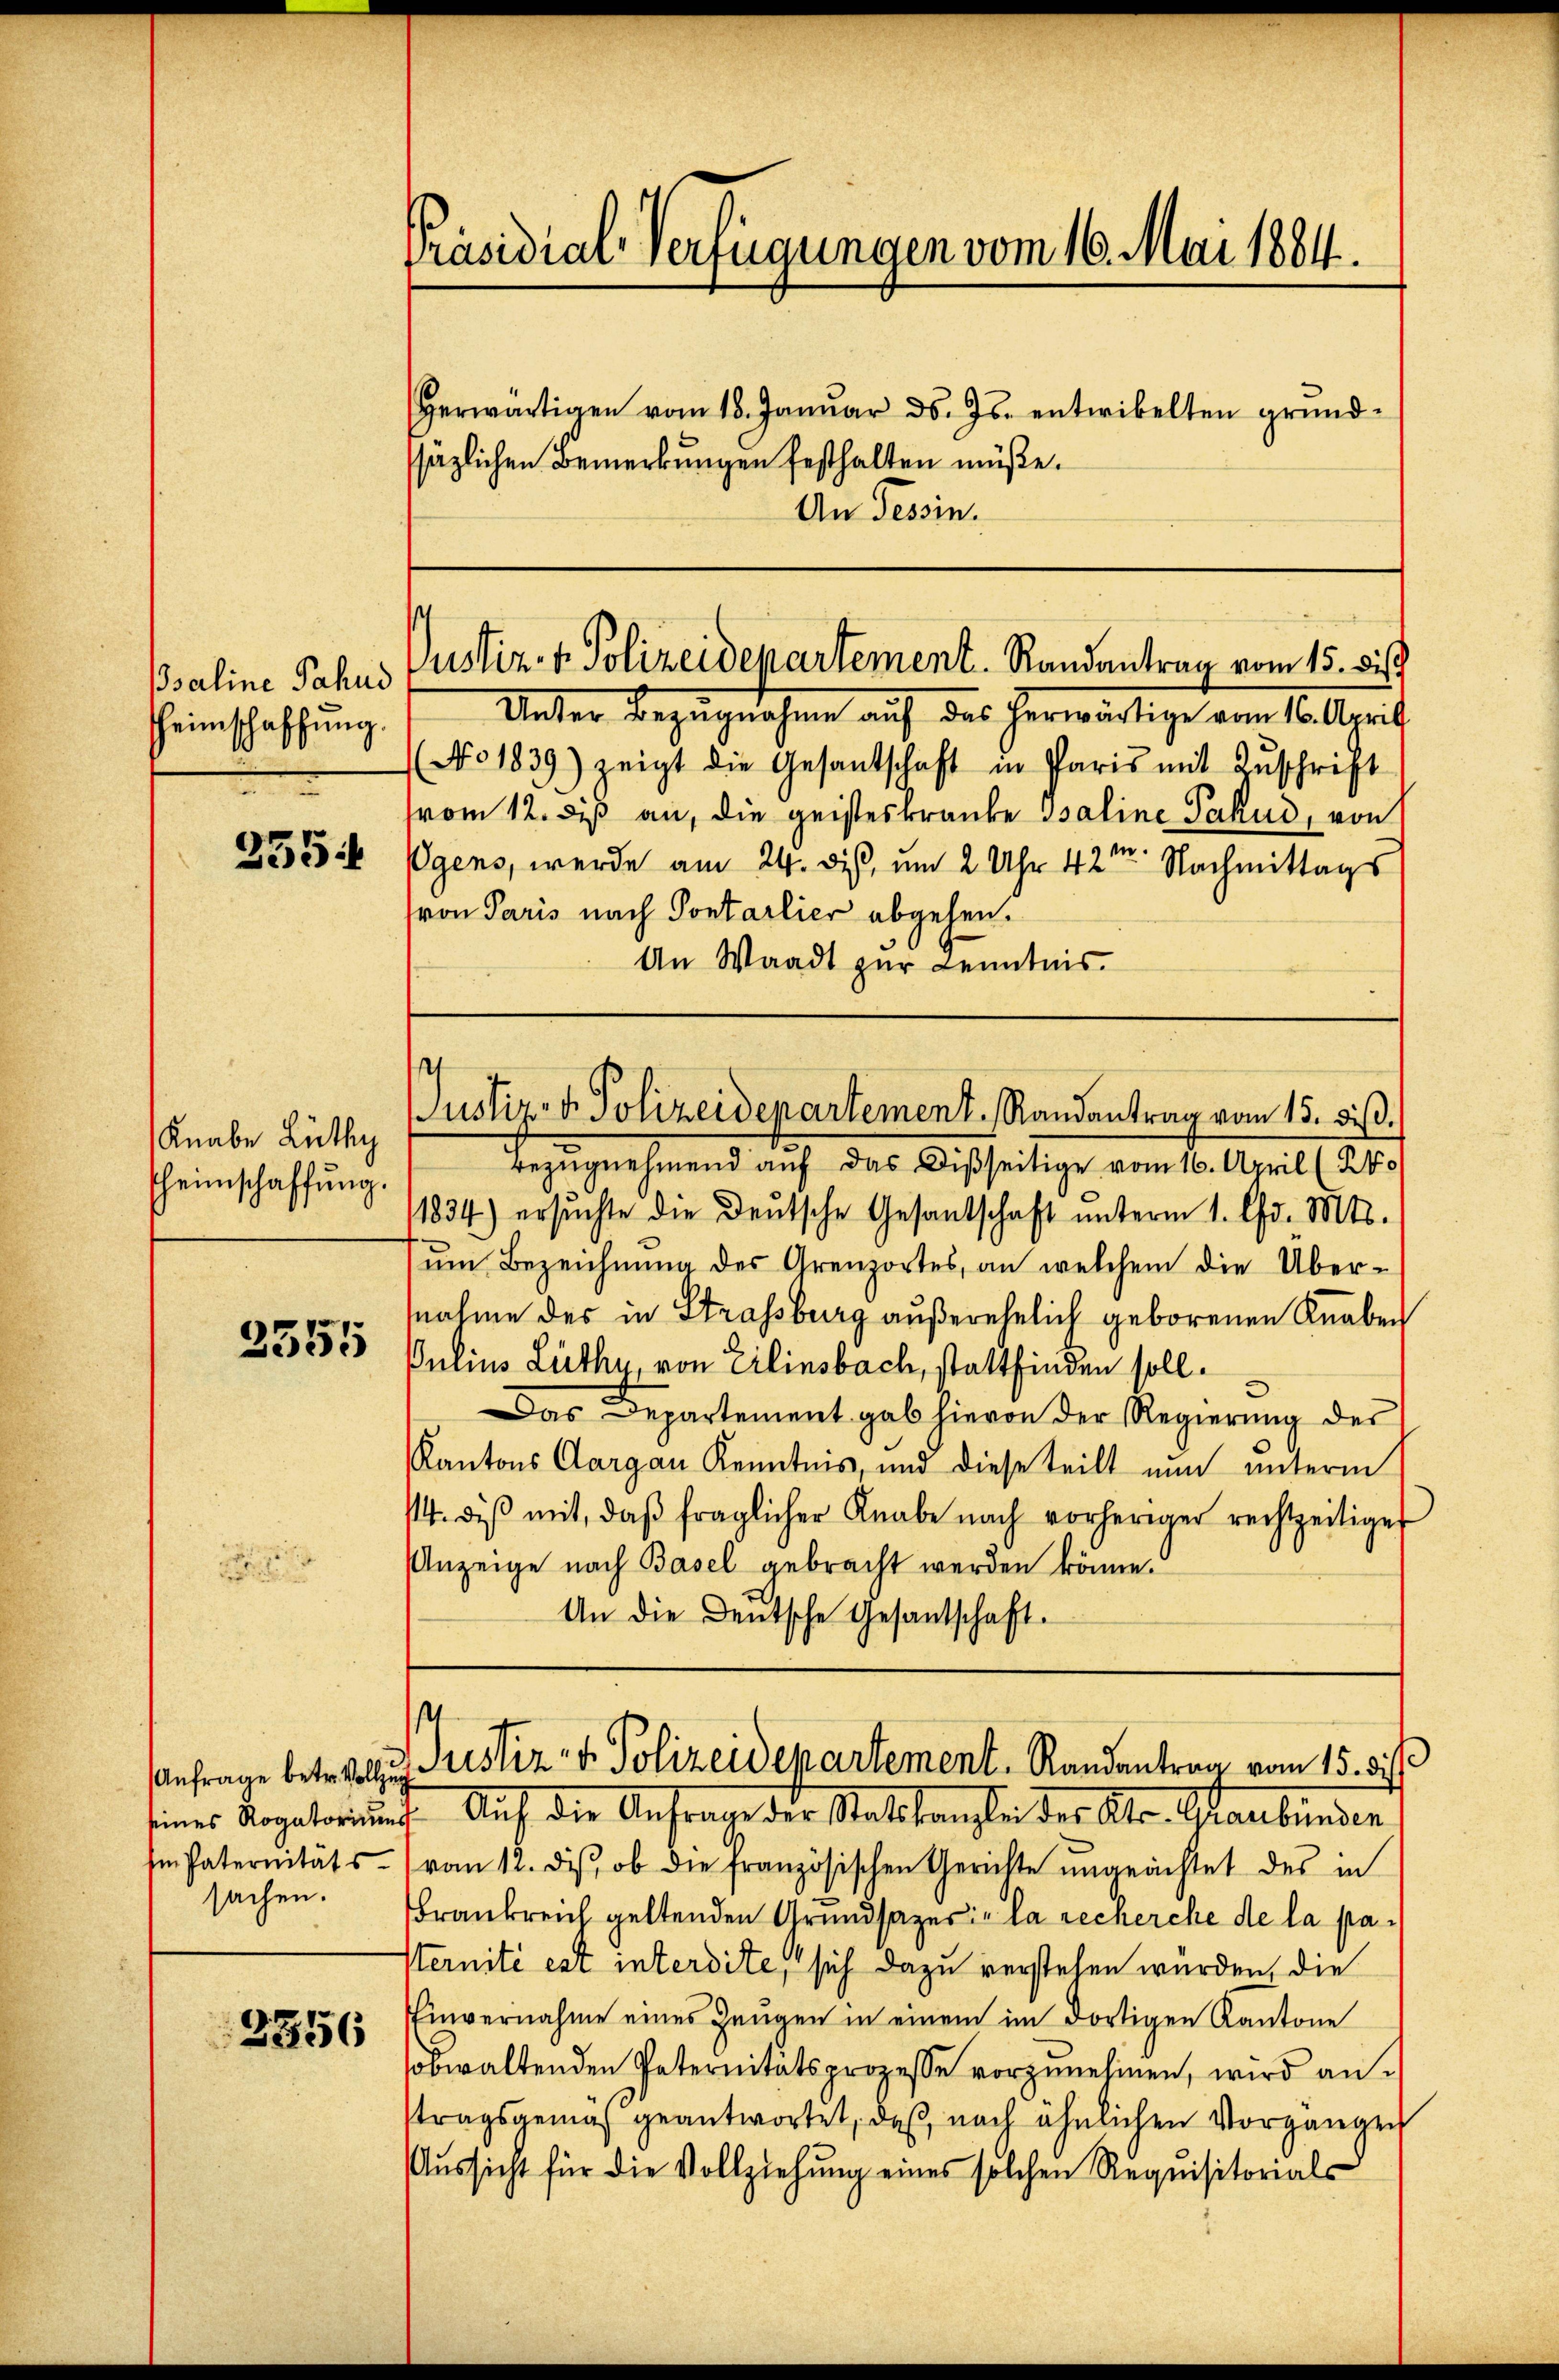
Bsaline Fahnd
Heimschaffung.

2554

Knabe Lüthy
heimschaffŭng.

2555

2556

Präsidial-Verfügungen vom 16. Mai 1884.
Herwärtigen vom 18. Janŭar d. Js. entwikelten grŭnd-
säzlichen Bemerkungen festhalten müße.

An Tessin.

s

Unter Bezugnahme auf das herwärtige vom 16. April
(No. 1839) zeigt die Gesantschaft in Paris mit Zŭschrift
vom 12. di an, die geisteskranke Psaline Pakud, von
Pgens, werde am 24. des, um 2 Uhr 421. Nachmittags
von Paris nach Pontarlier abgehen.
An Waadt zur Kenntnis.

Bezŭgnehmend auf das Disseitige vom 16. April (240
1834) ersŭchte die Deutsche Gesantschaft ŭnterm 1. Chr. Mts.
ŭm Bezeichnŭng des Grenzortes, an welchem die Übernahme des in Strassburg außerehelich geborenen Knaben
Julius Luthe von Eilinsbach, stattfinden soll.
Das Departement gab hievon der Regierŭng der
Kantons Aargau Kenntnis, und diese teilt nun unterm
114. diβ mit, daβ fraglicher Knabe nach vorheriger rechtzeitige
Anzeige nach Basel gebracht werden könne.
An die Deutsche Gesandtschaft.

seines Rogatoriung. Auf die Anfrage der Ratskanzlei der Ate.- Graubünden
 Paternitäts- (vom 12. diβ, ob die französischen Gerichte ungeachtet des in
sachen. Frankreich geltenden Grundsazer la recherche de la pa¬
Sternité est interdite, sich dazu verstehen würden, die
Einvernahme eines Zeugen in einem im dortigen Kantone
sobwaltenden Paternitätsprozesse vorzunehmen, wird antragsgemäß geantwortet, daß nach ähnlichen Vorgängen
Aussicht für die Vollziehung eines solchen Requisitorials

s
Justiz- & Polizeidepartement. Randantrag vom 15. dis

Justiz- & Polizeidepartement. Randantrag vom 15. d.

Anfrage betreten Justiz- & Polizeidepartement. Randantrag vom 15. di